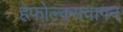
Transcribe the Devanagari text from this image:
हेफोल्क्सवागन